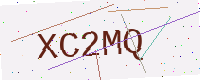
Text: XC2MQ